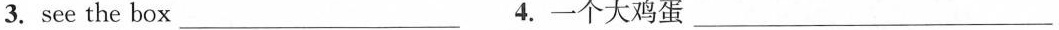
3. see the box ___ 4. 一个大鸡蛋 ___